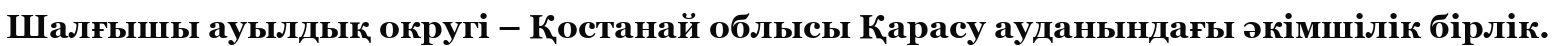
Шалғышы ауылдық округі – Қостанай облысы Қарасу ауданындағы әкімшілік бірлік.